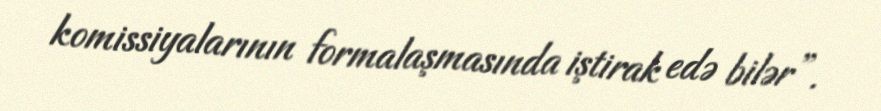
komissiyalarının formalaşmasında iştirak edə bilər”.